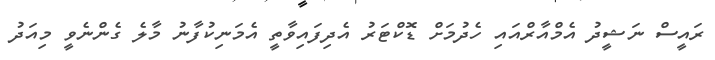
ރައީސް ނަޝީދު އެމްއާރްއައި ހެދުމަށް ޑޮކްޓަރު އެދިފައިވާތީ އެމަނިކުފާނު މާލެ ގެންނެވީ މިއަދު